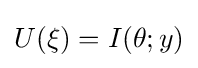
U(\xi )=I(\theta ;y)